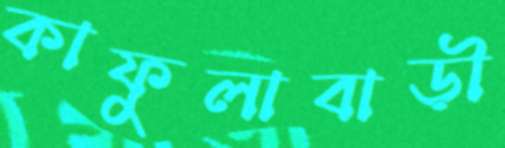
কাফুলাবাড়ী